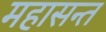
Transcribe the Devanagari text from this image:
महासन्त